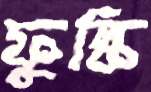
ফুল্কি